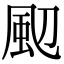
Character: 䫸